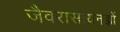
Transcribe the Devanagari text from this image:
जैवरासायनज्ञों